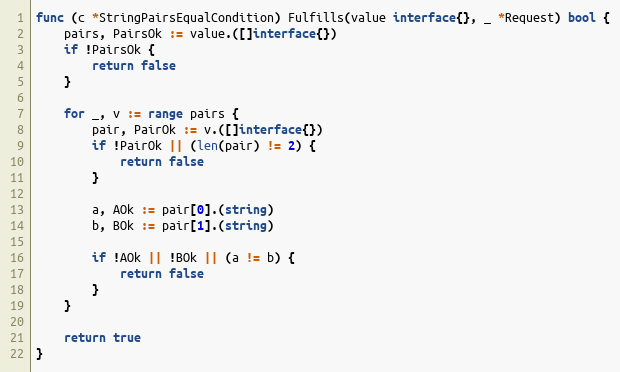
Language: Go
func (c *StringPairsEqualCondition) Fulfills(value interface{}, _ *Request) bool {
	pairs, PairsOk := value.([]interface{})
	if !PairsOk {
		return false
	}

	for _, v := range pairs {
		pair, PairOk := v.([]interface{})
		if !PairOk || (len(pair) != 2) {
			return false
		}

		a, AOk := pair[0].(string)
		b, BOk := pair[1].(string)

		if !AOk || !BOk || (a != b) {
			return false
		}
	}

	return true
}